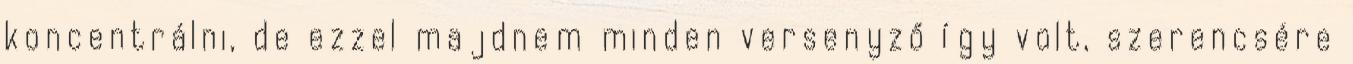
koncentrálni, de ezzel majdnem minden versenyző így volt, szerencsére